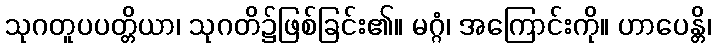
သုဂတူပပတ္တိယာ၊ သုဂတိ၌ဖြစ်ခြင်း၏။ မဂ္ဂံ၊ အကြောင်းကို။ ဟာပေန္တိ၊